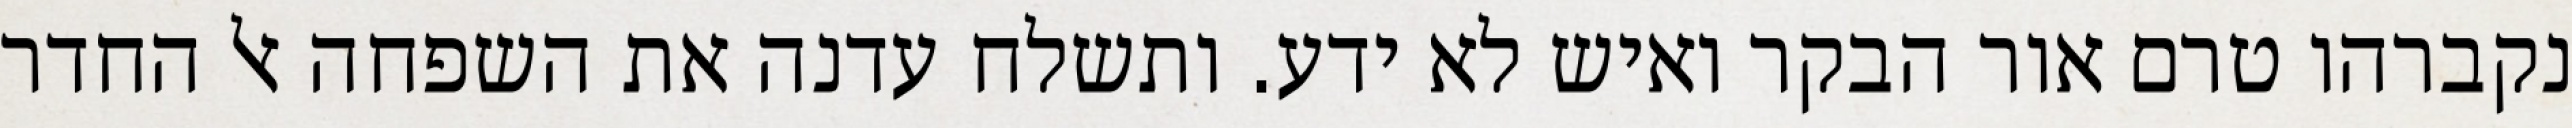
נקברהו טרם אור הבקר ואיש לא ידע. ותשלח עדנה את השפחה אל החדר